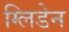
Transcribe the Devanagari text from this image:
ग्लिडेन